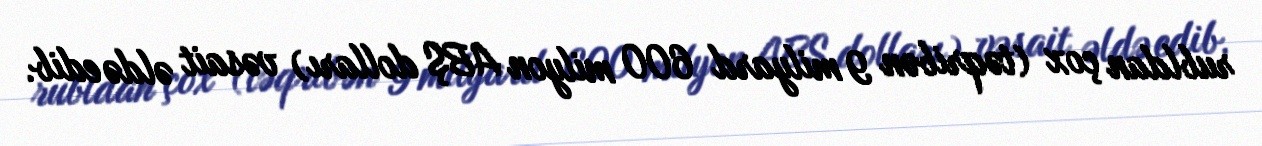
rubldan çox (təqribən 9 milyard 600 milyon ABŞ dolları) vəsait əldə edib.